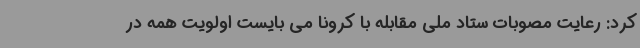
کرد: رعایت مصوبات ستاد ملی مقابله با کرونا می بایست اولویت همه در